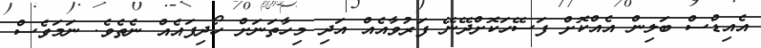
އެއިޑްސް ބަލިން އެއްކޮށް ފަސޭހަކޮށްދޭނޭ ފަރުވާއެއް އަދި މިހާތަނަށް ހޯދިފައެއް ނެތެވެ. ނަމަވެސް